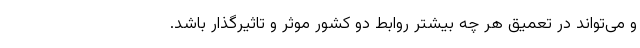
و می‌تواند در تعمیق هر چه بیشتر روابط دو کشور موثر و تاثیرگذار باشد.